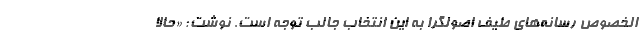
الخصوص رسانه‌های طیف اصولگرا به این انتخاب جالب توجه است. نوشت: «حالا